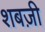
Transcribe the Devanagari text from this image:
शबज़ी